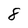
Character: 8